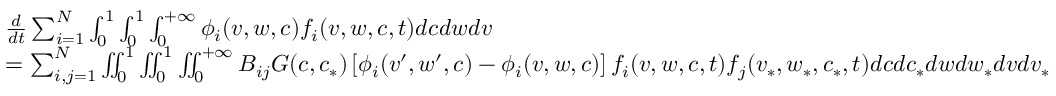
\begin{array} { r l } & { \frac { d } { d t } \sum _ { i = 1 } ^ { N } \int _ { 0 } ^ { 1 } \int _ { 0 } ^ { 1 } \int _ { 0 } ^ { + \infty } \phi _ { i } ( v , w , c ) f _ { i } ( v , w , c , t ) d c d w d v } \\ & { = \sum _ { i , j = 1 } ^ { N } \iint _ { 0 } ^ { 1 } \iint _ { 0 } ^ { 1 } \iint _ { 0 } ^ { + \infty } B _ { i j } G ( c , c _ { * } ) \left[ \phi _ { i } ( v ^ { \prime } , w ^ { \prime } , c ) - \phi _ { i } ( v , w , c ) \right] f _ { i } ( v , w , c , t ) f _ { j } ( v _ { * } , w _ { * } , c _ { * } , t ) d c d c _ { * } d w d w _ { * } d v d v _ { * } } \end{array}